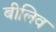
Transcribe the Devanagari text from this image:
बीलिव